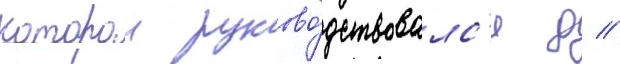
которои руково́дствовалс'я д //